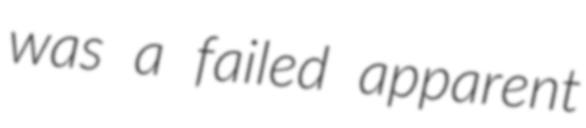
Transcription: was a failed apparent